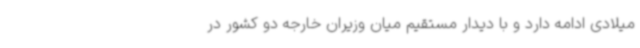
میلادی ادامه دارد و با دیدار مستقیم میان وزیران خارجه دو کشور در